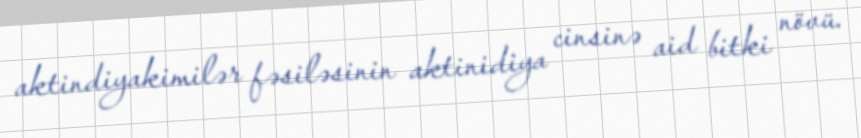
aktindiyakimilər fəsiləsinin aktinidiya cinsinə aid bitki növü.